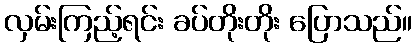
လှမ်းကြည့်ရင်း ခပ်တိုးတိုး ပြောသည်။